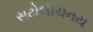
સટોલીચનય